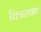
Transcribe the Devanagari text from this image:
चित्ररथाचा